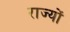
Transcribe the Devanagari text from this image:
राज्योें